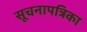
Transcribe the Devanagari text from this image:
सूचनापत्रिका